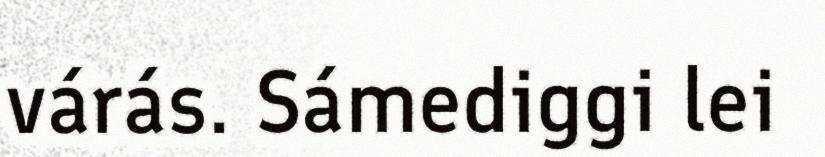
várás. Sámediggi lei